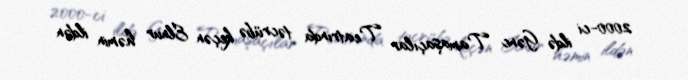
2000-ci ildə Gənc Tamaşaçılar Teatrında təcrübə keçən Elnur həmin ildən